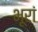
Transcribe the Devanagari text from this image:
भूरां